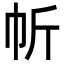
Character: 㠼